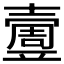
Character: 𡕄